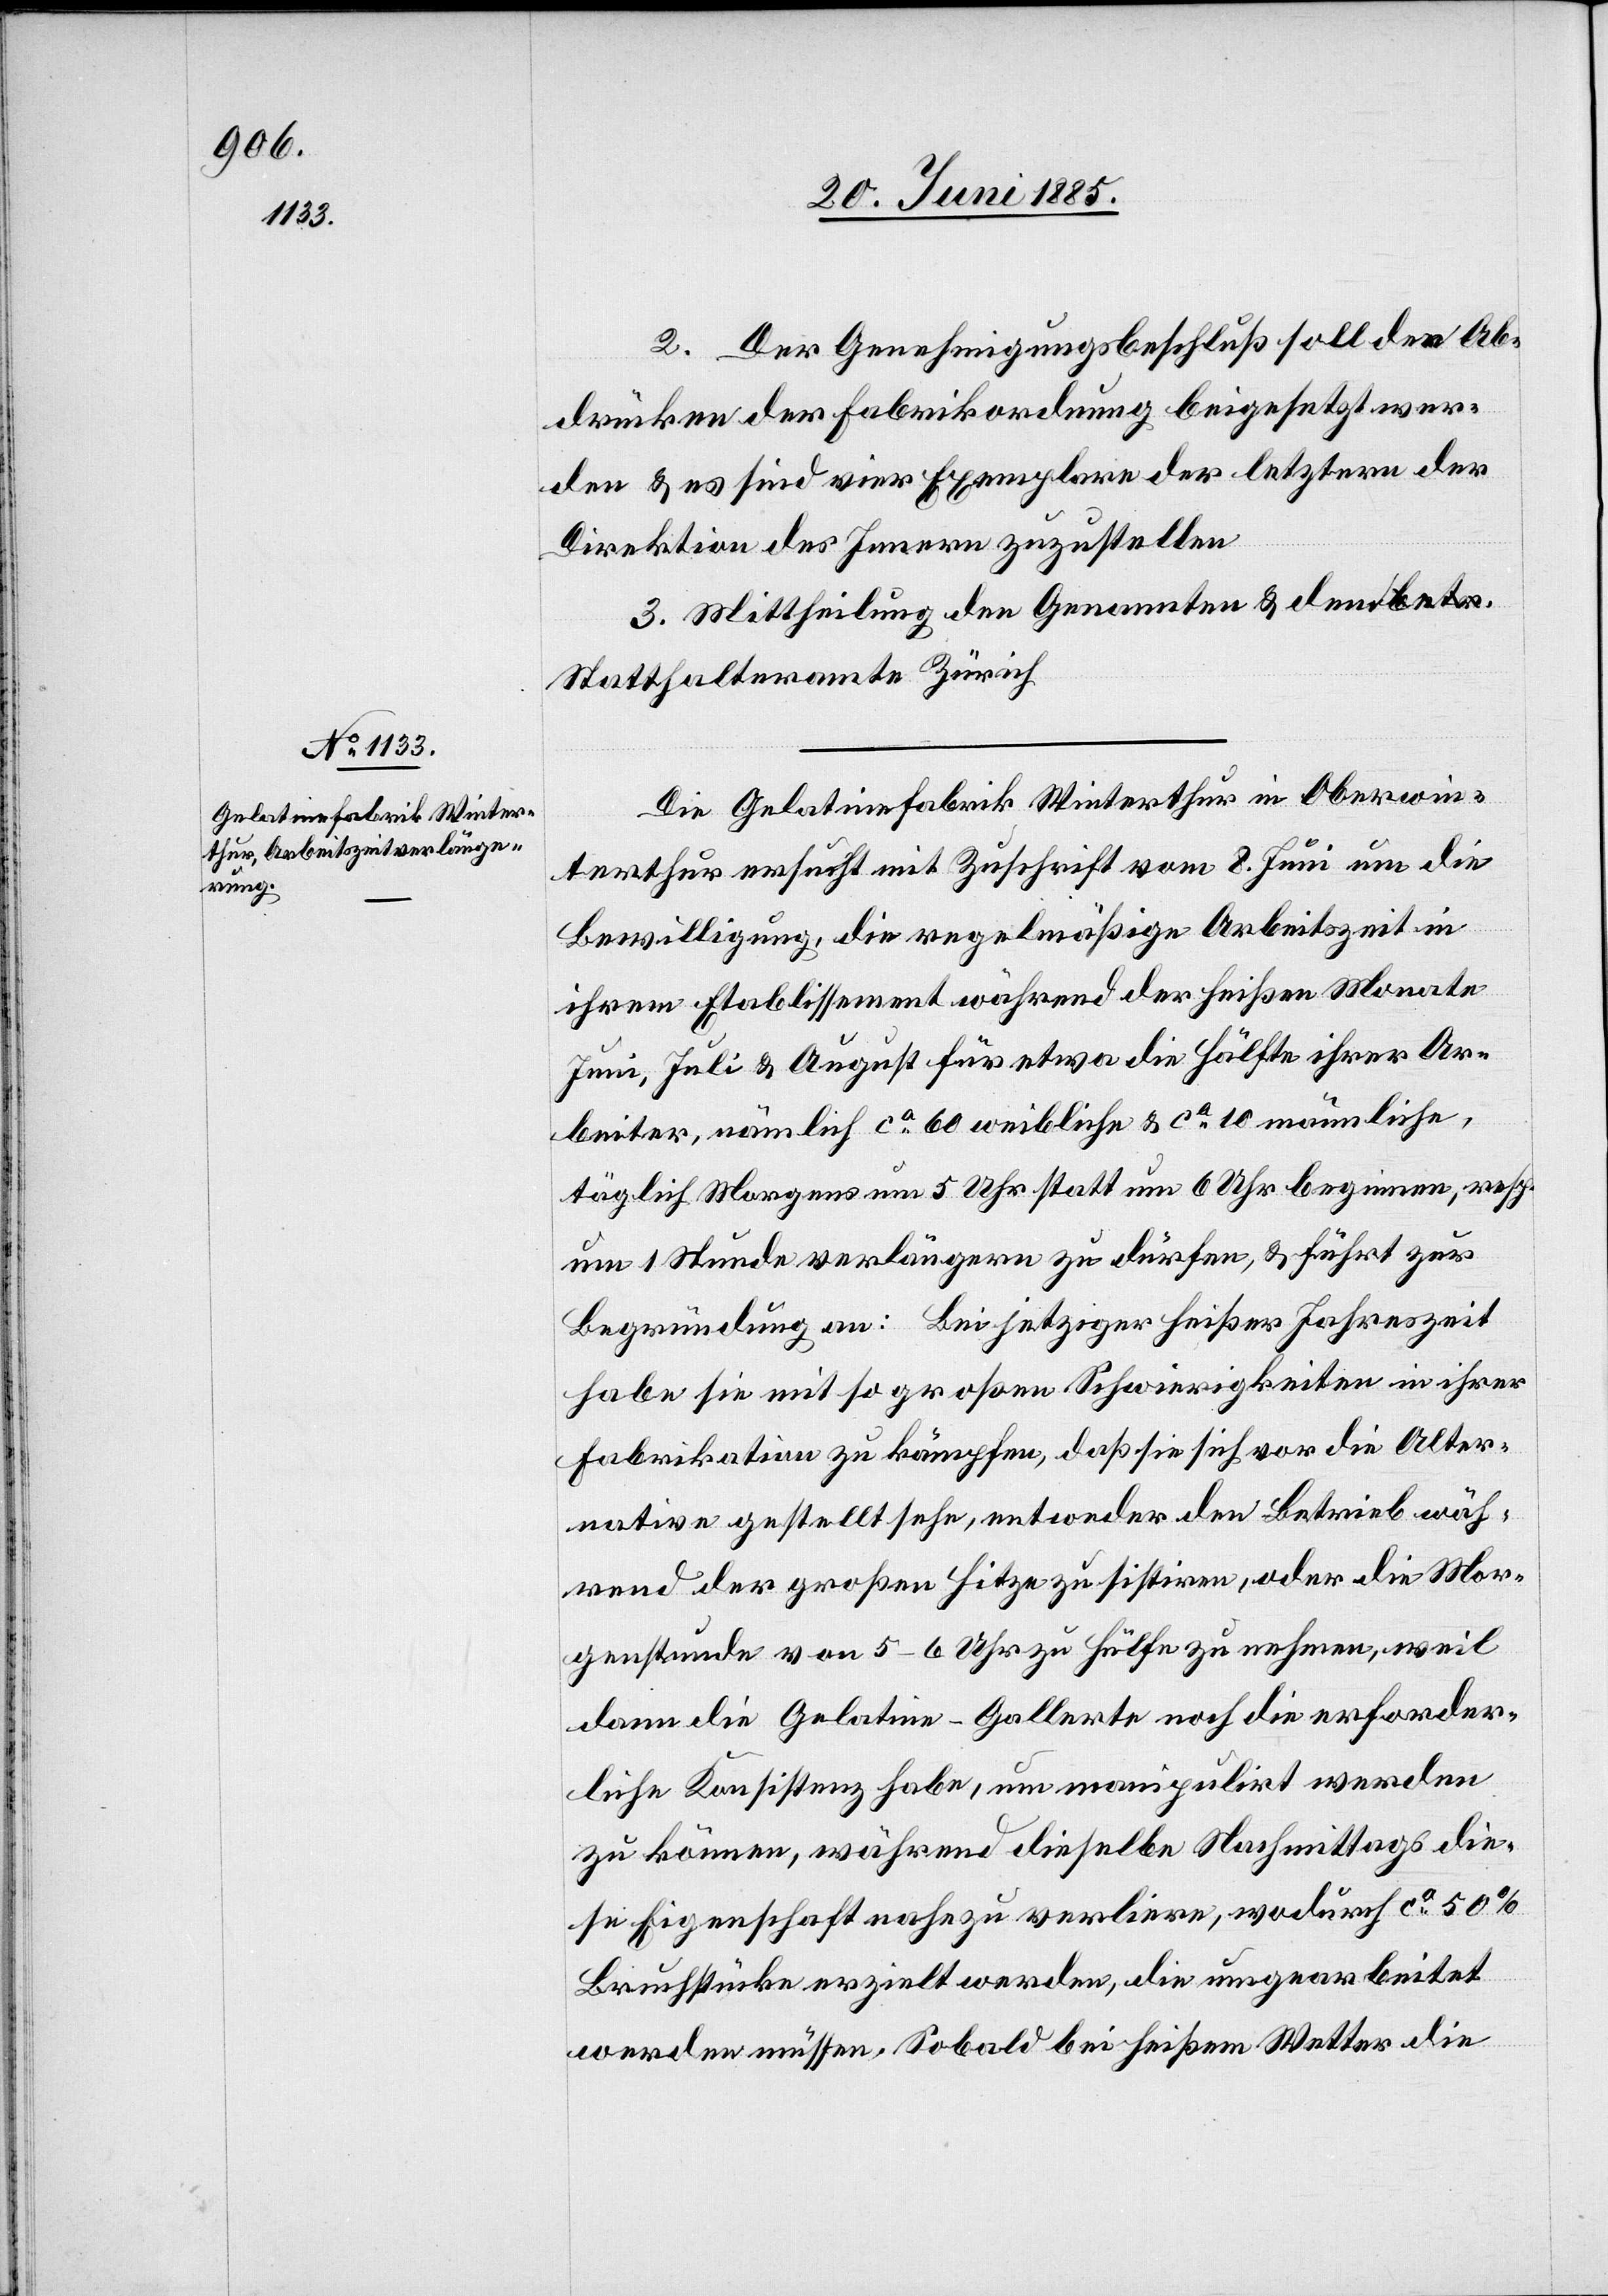
2. Der Genehmigungsbeschluß soll den Ab¬
drücken der Fabrikordnung beigesetzt wer¬
den & es sind vier Exemplare der letztern der
Direktion des Innern zuzustellen.
3. Mittheilung den Genannten & dem
Statthalteramte Zürich.
Die Gelatinefabrik Winterthur in Oberwin¬
terthur ersucht mit Zuschrift vom 8. Juni um die
Bewilligung, die regelmäßige Arbeitszeit in
ihrem Etablissement während der heißen Monate
Juni, Juli & August für etwa die Hälfte ihrer Ar¬
beiter, nämlich ca 60 weibliche & ca 10 männliche,
täglich Morgens um 5 Uhr statt um 6 Uhr beginnen, resp.
um 1 Stunde verlängern zu dürfen, & führt zur
Begründung an: Bei jetziger heißer Jahreszeit
habe sie mit so großen Schwierigkeiten in ihrer
Fabrikation zu kämpfen, daß sie sich vor die Alter¬
native gestellt sehe, entweder den Betrieb wäh¬
rend der großen Hitze zu sistiren, oder die Mor¬
genstunde von 5–6 Uhr zu Hülfe zu nehmen, weil
dann die Gelatine-Gallerte noch die erforder¬
liche Konsistenz habe, um manipulirt werden
zu können, während dieselbe Nachmittags die¬
se Eigenschaft nahezu verliere, wodurch ca 50%
Bruchstücke erzielt werden, die umgearbeitet
werden müssen. Sobald bei heißem Wetter die